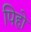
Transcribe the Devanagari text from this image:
पिहो